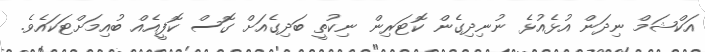
އަކްޝަމް ނިދަން އުޅެއުޅެ ނުނިދިގެން ކޮޓަރިން ނިކުތީ ބަދިގެއަށް ގޮސް ކޮފީއެއް ބުއިމަށްޓަކައެވެ.